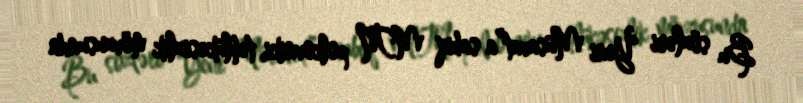
Bu sözləri “Yeni Müsavat”a sabiq MTN polkovniki, təhlükəsizlik mövzusunda